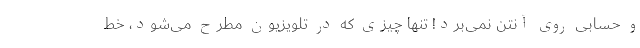
و حسابی روی آنتن نمی‌برد! تنها چیزی که در تلویزیون مطرح می‌شود، خط